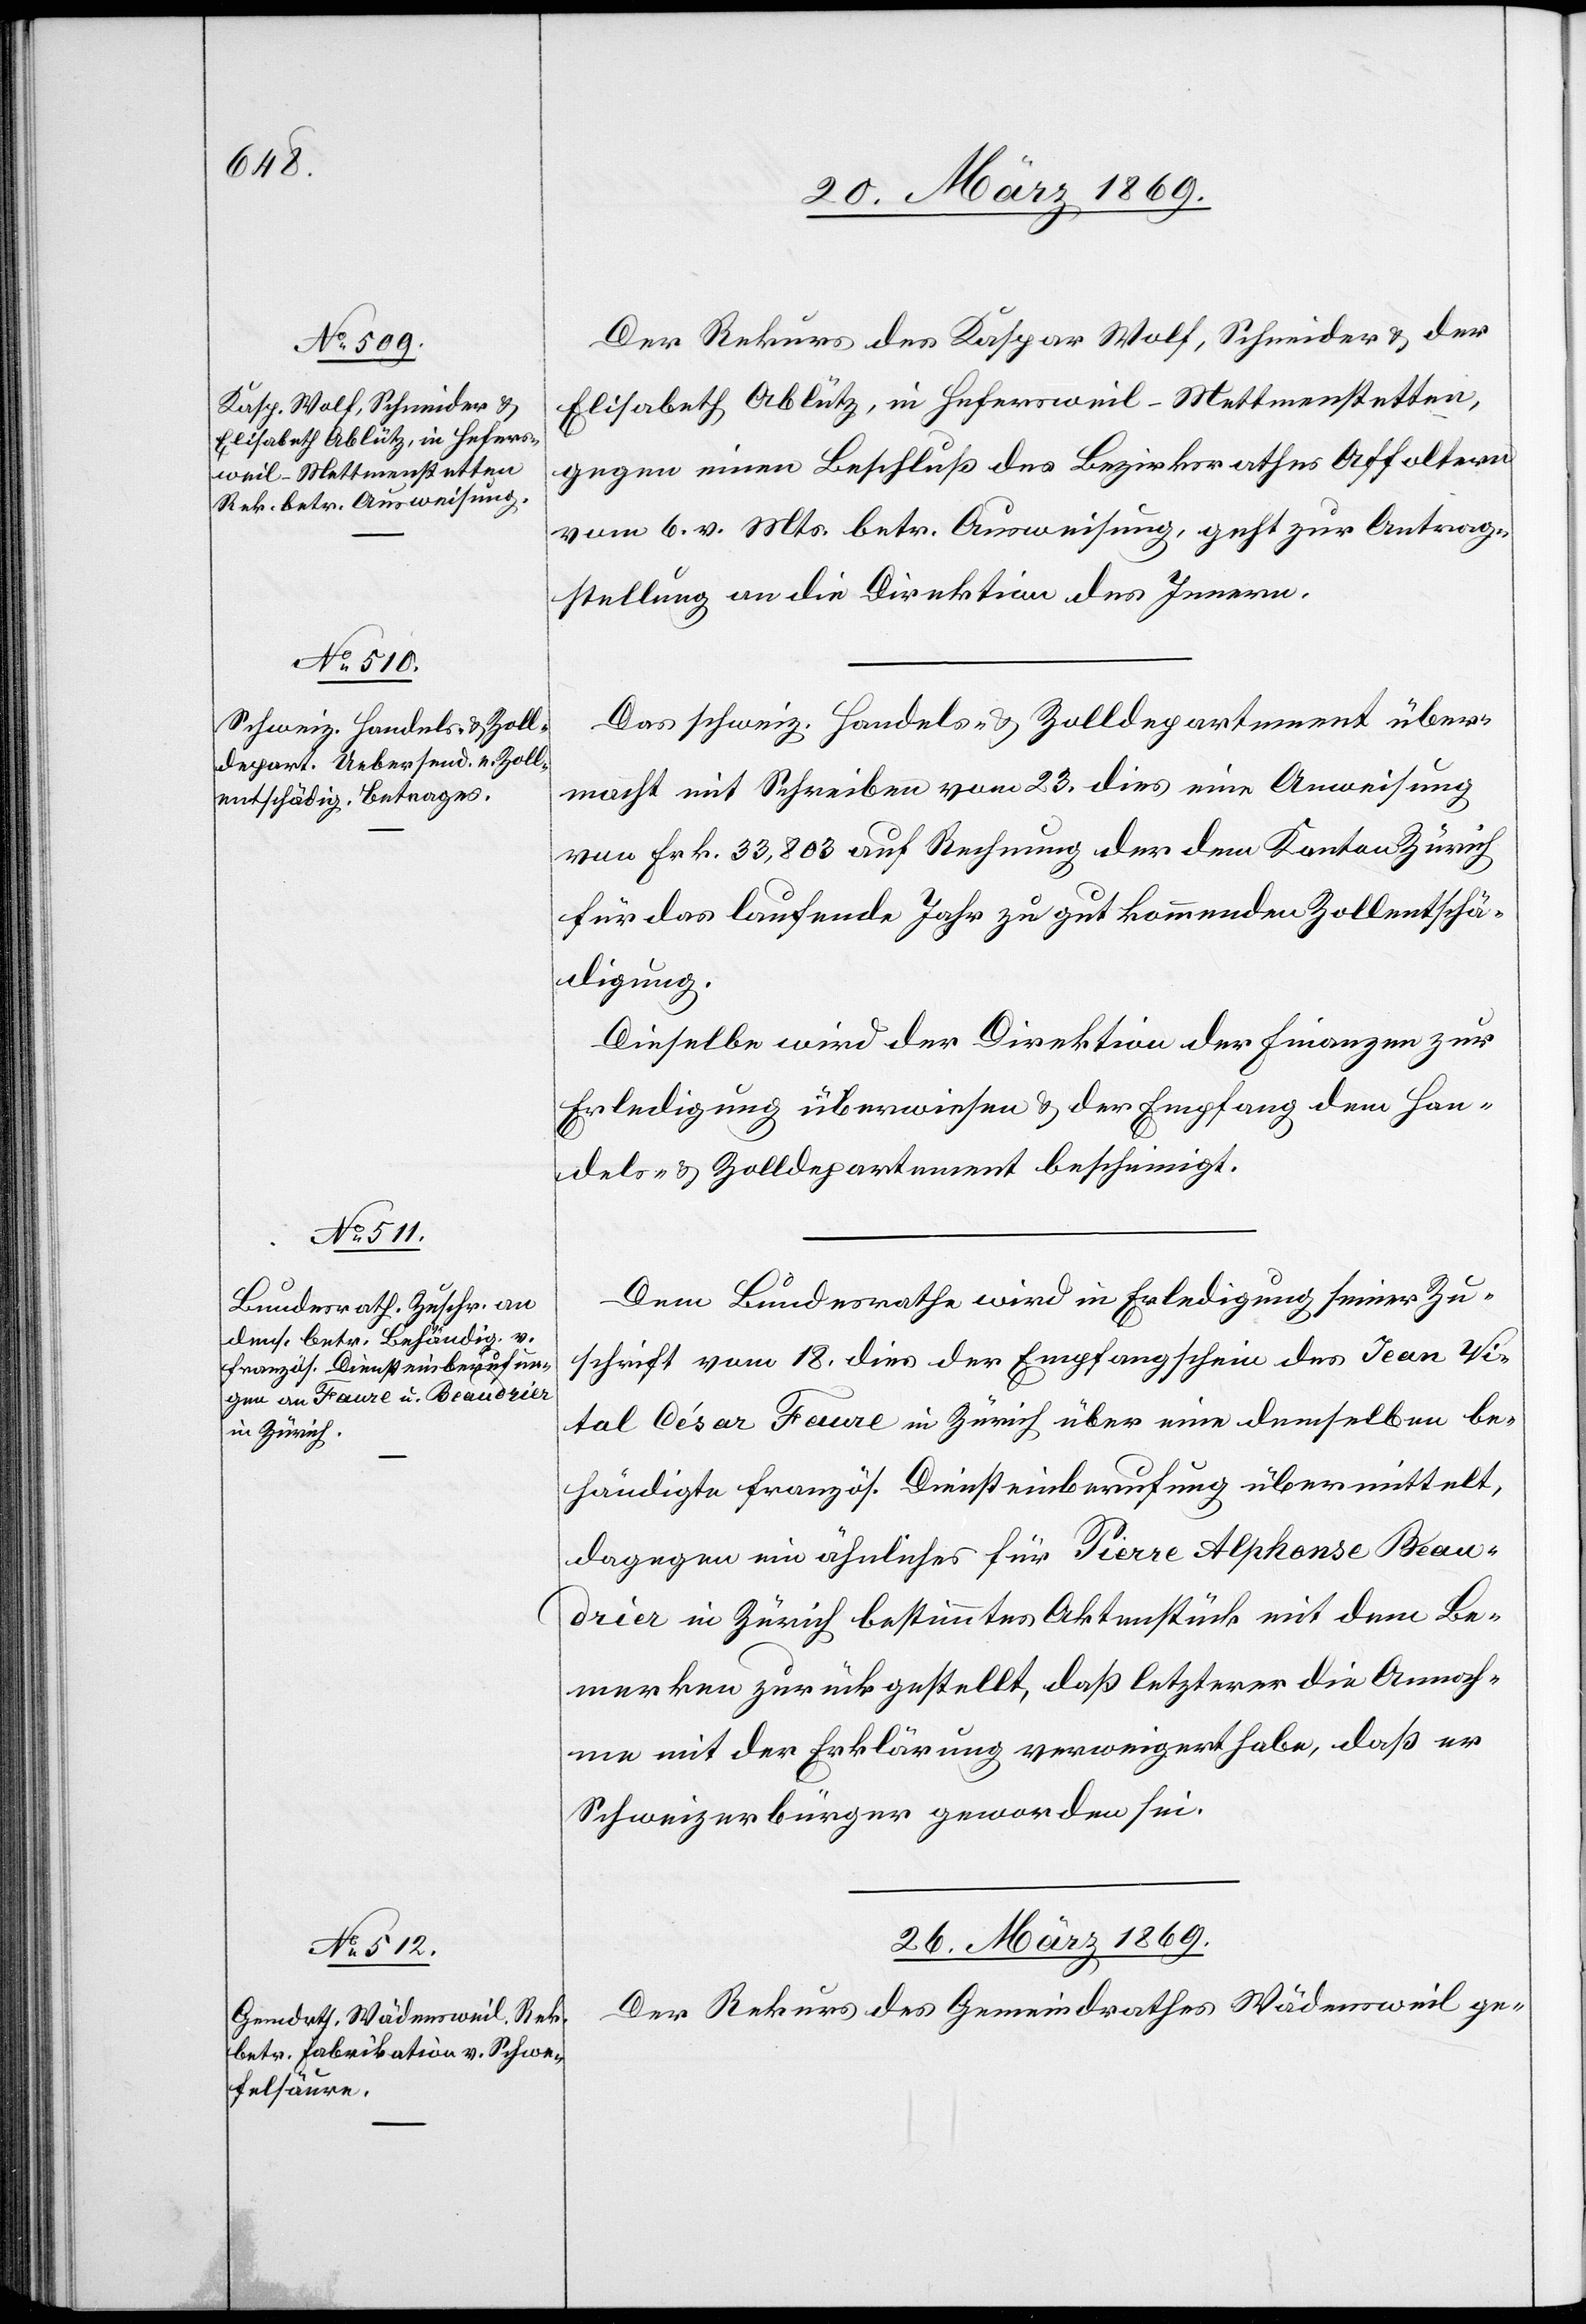
25. März 1869.]
Der Rekurs des Kaspar Wolf, Schneider u. der
Elisabeth Ablütz, in Hefersweil–Mettmenstetten,
gegen einen Beschluß des Bezirksrathes Affoltern
vom 6 v. Mts. betr. Ausweisung, geht zur Antrag¬
stellung an die Direktion des Innern.
Das schweiz. Handels- u. Zolldepartement über¬
macht mit Schreiben vom 23. dies eine Anweisung
von Frk. 33,803 auf Rechnung der dem Kanton Zürich
für das laufende Jahr zu gut kommenden Zollentschä¬
digung.
Dieselbe wird der Direktion der Finanzen zur
Erledigung überwiesen u. der Empfang dem Han¬
dels- u. Zolldepartement bescheinigt.
Dem Bundesrathe wird in Erledigung seiner Zu¬
schrift vom 18. dies der Empfangsschein des Jean Vi¬
tal César Faure in Zürich über eine demselben be¬
händigte französ. Diensteinberufung übermittelt,
dagegen ein ähnliches für Pierre Alphonse Beau¬
drier in Zürich bestimmtes Aktenstück mit dem Be¬
merken zurückgestellt, daß letzterer die Annah¬
me mit der Erklärung verweigert habe, daß er
Schweizerbürger geworden sei.
26. März 1869.
Der Rekurs des Gemeindrathes Wädensweil ge-